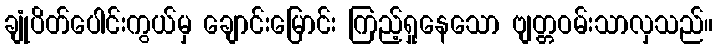
ချုံပိတ်ပေါင်းကွယ်မှ ချောင်းမြောင်း ကြည့်ရှုနေသော ဗျတ္တဝမ်းသာလှသည်။